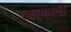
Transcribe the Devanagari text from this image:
रुहाकाना